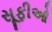
સૂફીઓ